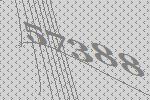
57388